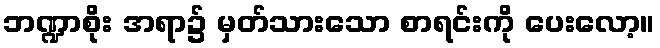
ဘဏ္ဍာစိုး အရာ၌ မှတ်သားသော စာရင်းကို ပေးလော့။